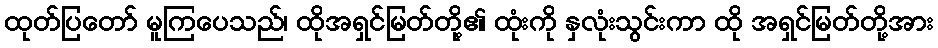
ထုတ်ပြတော် မူကြပေသည်၊ ထိုအရှင်မြတ်တို့၏ ထုံးကို နှလုံးသွင်းကာ ထို အရှင်မြတ်တို့အား